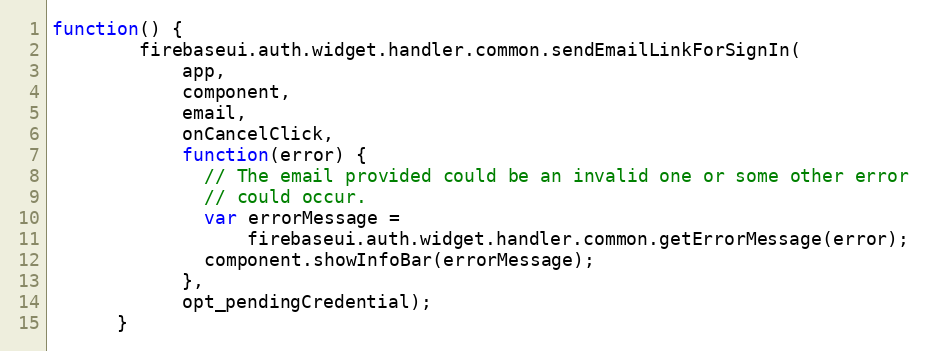
Language: JavaScript
function() {
        firebaseui.auth.widget.handler.common.sendEmailLinkForSignIn(
            app,
            component,
            email,
            onCancelClick,
            function(error) {
              // The email provided could be an invalid one or some other error
              // could occur.
              var errorMessage =
                  firebaseui.auth.widget.handler.common.getErrorMessage(error);
              component.showInfoBar(errorMessage);
            },
            opt_pendingCredential);
      }